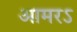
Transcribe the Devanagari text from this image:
आमरऽ